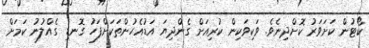
ކޯޓުން ކަށަވަރު ކޮށްދިނެވެ. ވަކިވަކިން ކުރިއަށް ގެންދިޔަ އަޑުއެހުންތަކަށްފަހު ގޮނޑި ގެއްލުނު ކަމަށް